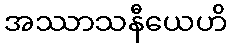
အဿာသနီယေဟိ